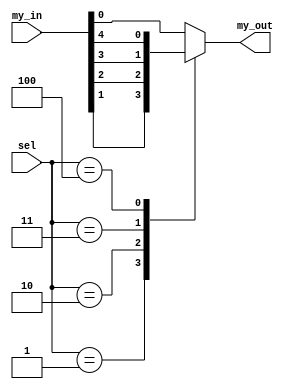
// mux_in: my_in, mux_out_my_out, select bit: sel
module mux_5_1(
    input [4:0]my_in,
    input [2:0]sel,
    
    output reg my_out
    );
    
    always @(sel) begin
        case(sel)
            0: my_out = my_in[0];
            1: my_out = my_in[1];
            2: my_out = my_in[2];
            3: my_out = my_in[3];
            4: my_out = my_in[4];
            default: my_out = my_in[0];
        endcase
    end
    
endmodule
/* Button Location
              BTN_U(M18)
   BTN_L(P17) BTN_C(N17) BTN_R(M17)
              BTN_D(P18)
*/